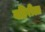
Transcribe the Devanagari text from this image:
बहिरीला